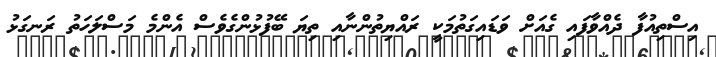
އިސްތިއުފާ ދެއްވާފައި ގެއަށް ވަޑައިގަތުމަކީ ރައްޔިތުންނާއި ތިޔަ ބޭފުޅުންގެވެސް އެންމެ މަސްލަހަތު ރަނގަޅު